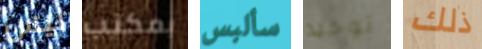
ليس بمكتب سألبس توحيد ذلك